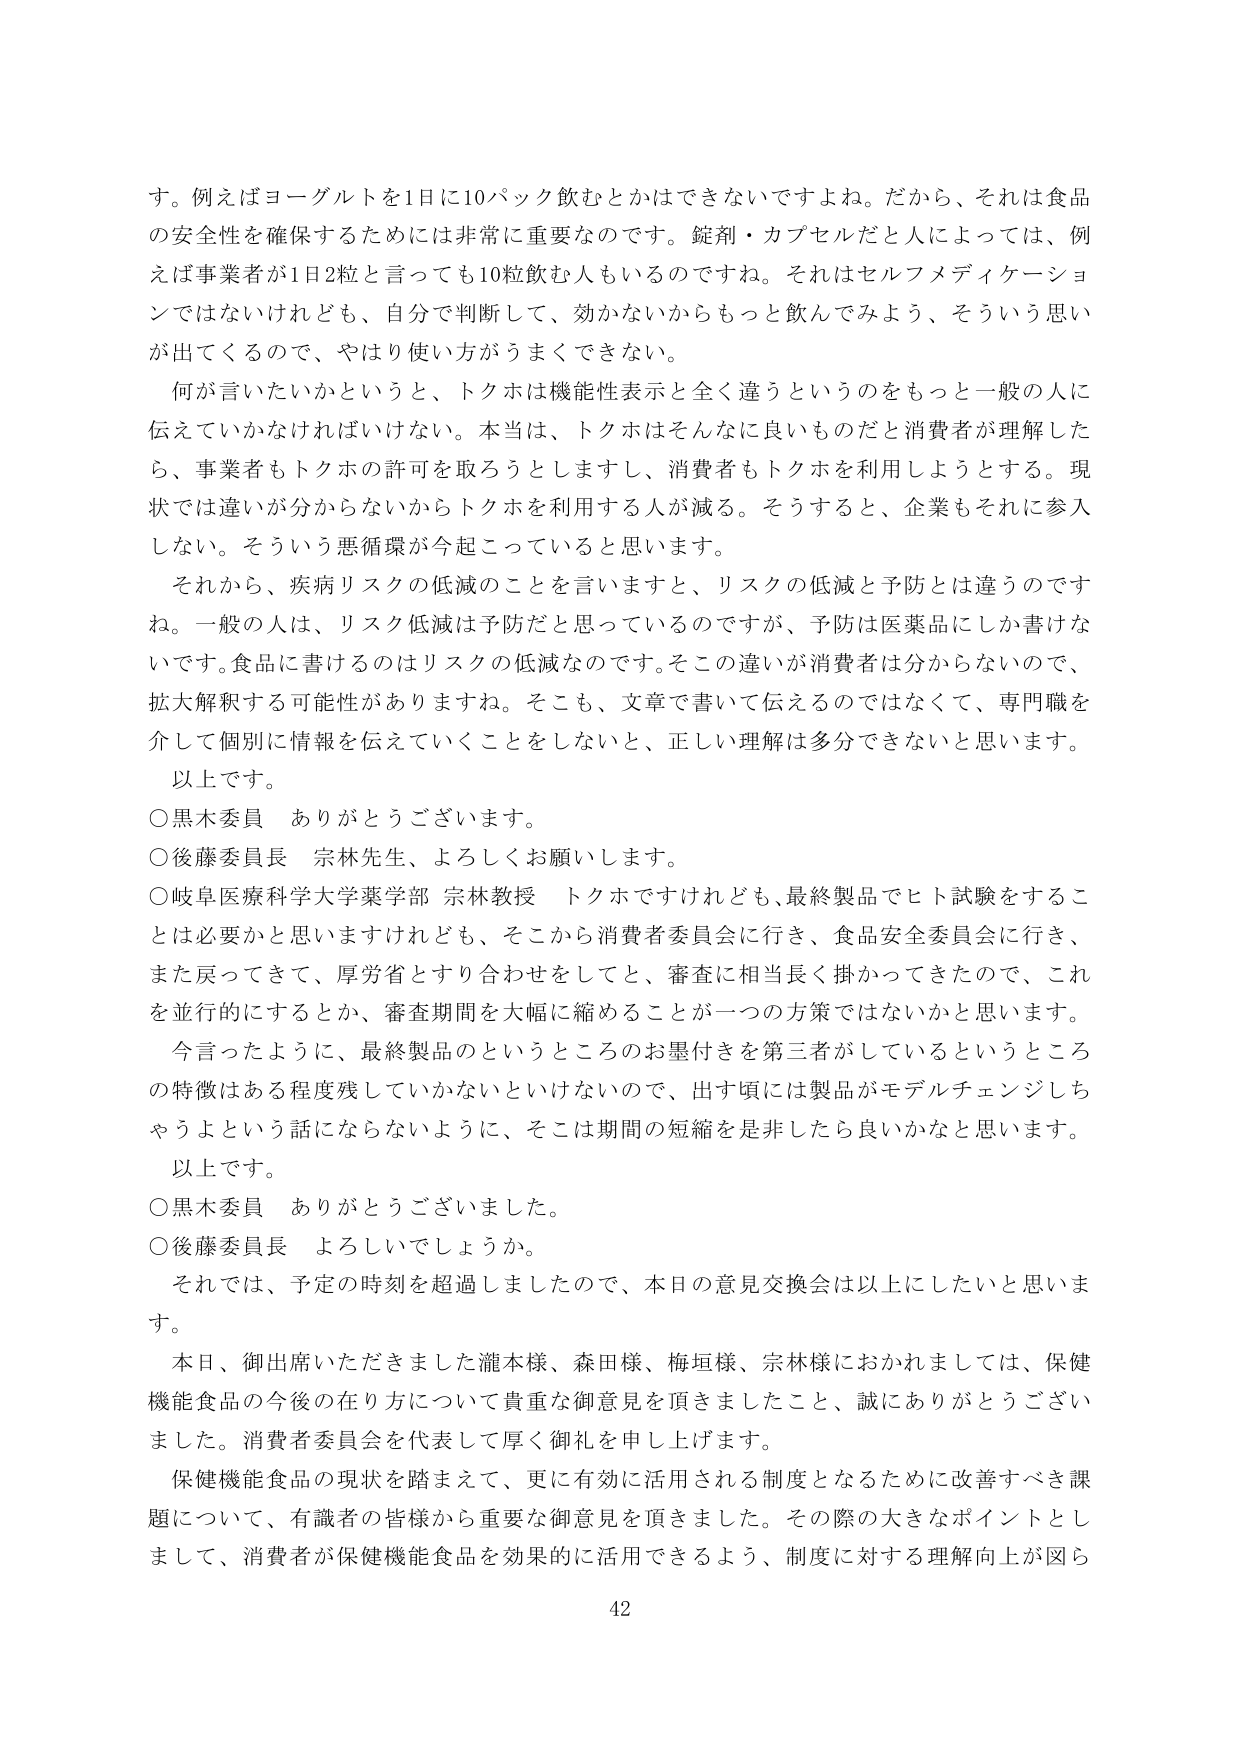
す。例えばヨーグルトを1日に10パック飲むとかはできないですよね。だから、それは食品の安全性を確保するためには非常に重要なのです。錠剤・カプセルだと人によっては、例えば事業者が1日2粒と言っても10粒飲む人もいるのですね。それはセルフメディケーションではないけれども、自分で判断して、効かないからもっと飲んでみよう、そういう思いが出てくるので、やはり使い方がうまくできない。

何が言いたいかというと、トクホは機能性表示と全く違うというのをもっと一般の人に伝えていかなければならない。本当は、トクホはそんなに良いものだと消費者が理解したら、事業者もトクホの許可を取ろうとしますし、消費者もトクホを利用しようとする。現状では違いが分からないからトクホを利用する人が減る。そうすると、企業もそれに参入しない。そういう悪循環が今起こっていると思います。

それから、疾病リスクの低減のことを言いますと、リスクの低減と予防とは違うのですね。一般の人は、リスク低減は予防だと思っているのですが、予防は医薬品にしか書けないのです。食品に書けるのはリスクの低減なのです。そこの違いが消費者は分からないので、拡大解釈する可能性がありますね。そこも、文章で書いて伝えるのではなくて、専門職を介して個別に情報を伝えていくことをしないと、正しい理解は多分できないと思います。

以上です。

○黒木委員　ありがとうございます。

○後藤委員長　宗林先生、よろしくお願いします。

○岐阜医療科学大学薬学部 宗林教授　トクホですけれども、最終製品でヒト試験をすることは必要だと思いますけれども、そこから消費者委員会に行き、食品安全委員会に行き、また戻ってきて、厚労省とすり合わせをしてと、審査に相当長く掛かってきたので、これを並行的にするとか、審査期間を大幅に縮めることが一つの方策ではないかと思います。

今言ったように、最終製品のというところのお墨付きを第三者がしているというところの特徴はある程度残していかないといけないので、出す頃には製品がモデルチェンジしちゃうよという話にならないように、そこは期間の短縮を是非したら良いかなと思います。

以上です。

○黒木委員　ありがとうございました。

○後藤委員長　よろしいでしょうか。

それでは、予定の時刻を超過しましたので、本日の意見交換会は以上にしたいと思います。

本日、御出席いただきました瀧本様、森田様、梅垣様、宗林様におかれましては、保健機能食品の今後の在り方について貴重な御意見を頂きましたこと、誠にありがとうございました。消費者委員会を代表して厚く御礼を申し上げます。

保健機能食品の現状を踏まえて、更に有効に活用される制度となるために改善すべき課題について、有識者の皆様から重要な御意見を頂きました。その際の大きなポイントとしまして、消費者が保健機能食品を効果的に活用できるよう、制度に対する理解向上が図ら

42